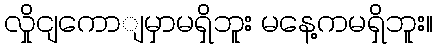
လှိုငျကောျမှာမရှိဘူး မနေ့ကမရှိဘူး။